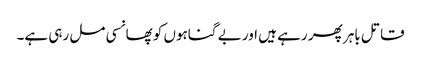
قاتل باہر پھر رہے ہیں اور بے گناہوں کو پھانسی مل رہی ہے۔